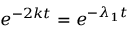
e ^ { - 2 k t } = e ^ { - \lambda _ { 1 } t }